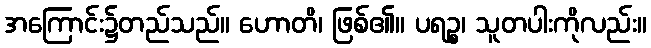
အကြောင်း၌တည်သည်။ ဟောတိ၊ ဖြစ်၏။ ပရဉ္စ၊ သူတပါးကိုလည်း။